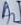
Text: A2